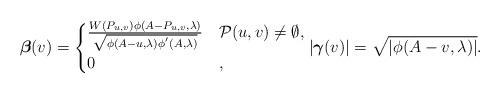
LaTeX: \begin{align*} \boldsymbol{\beta}(v)= \begin{cases}\frac{W(P_{u,v})\phi(A-P_{u,v},\lambda)}{\sqrt{\phi(A-u,\lambda)\phi^{'}(A,\lambda)}} & \mathcal{P}(u,v)\neq \emptyset,\\ 0 & , \end{cases}|\boldsymbol{\gamma}(v)|=\sqrt{|\phi(A-v,\lambda)|}. \end{align*}